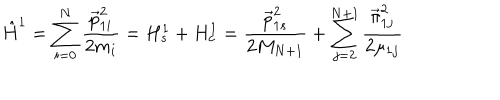
LaTeX: \hat { H } ^ { 1 } = \sum _ { i = 0 } ^ { N } \frac { \vec { p } _ { 1 i } ^ { 2 } } { 2 m _ { i } } = H _ { s } ^ { 1 } + H _ { c } ^ { 1 } = \frac { \vec { p } _ { 1 s } ^ { 2 } } { 2 M _ { N + 1 } } + \sum _ { j = 2 } ^ { N + 1 } \frac { \vec { \pi } _ { 1 j } ^ { 2 } } { 2 \mu _ { 1 j } }